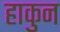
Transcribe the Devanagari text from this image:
हाकुन